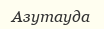
Азутауда